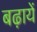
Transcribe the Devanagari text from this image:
बढ़ायें